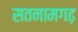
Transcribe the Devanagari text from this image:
सतनामगढ़